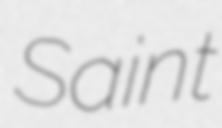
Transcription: Saint